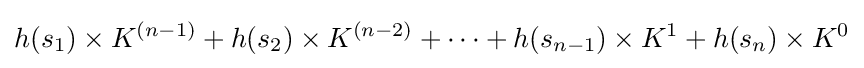
h(s_{1})\times K^{(n-1)}+h(s_{2})\times K^{(n-2)}+\cdots +h(s_{n-1})\times K^{1}+h(s_{n})\times K^{0}